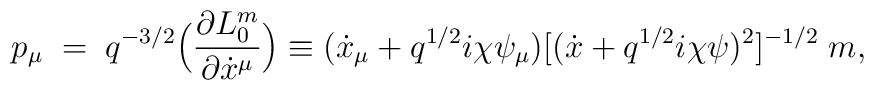
p_{\mu}\; = \; q^{-3/2} \Bigl ( \frac{\partial L_{0}^m}{\partial\dot x^{\mu}} \Bigr ) \equiv (\dot x_{\mu} +q^{1/2} i \chi \psi_{\mu})[(\dot x +q^{1/2} i \chi \psi)^2 ]^{-1/2} \;m,